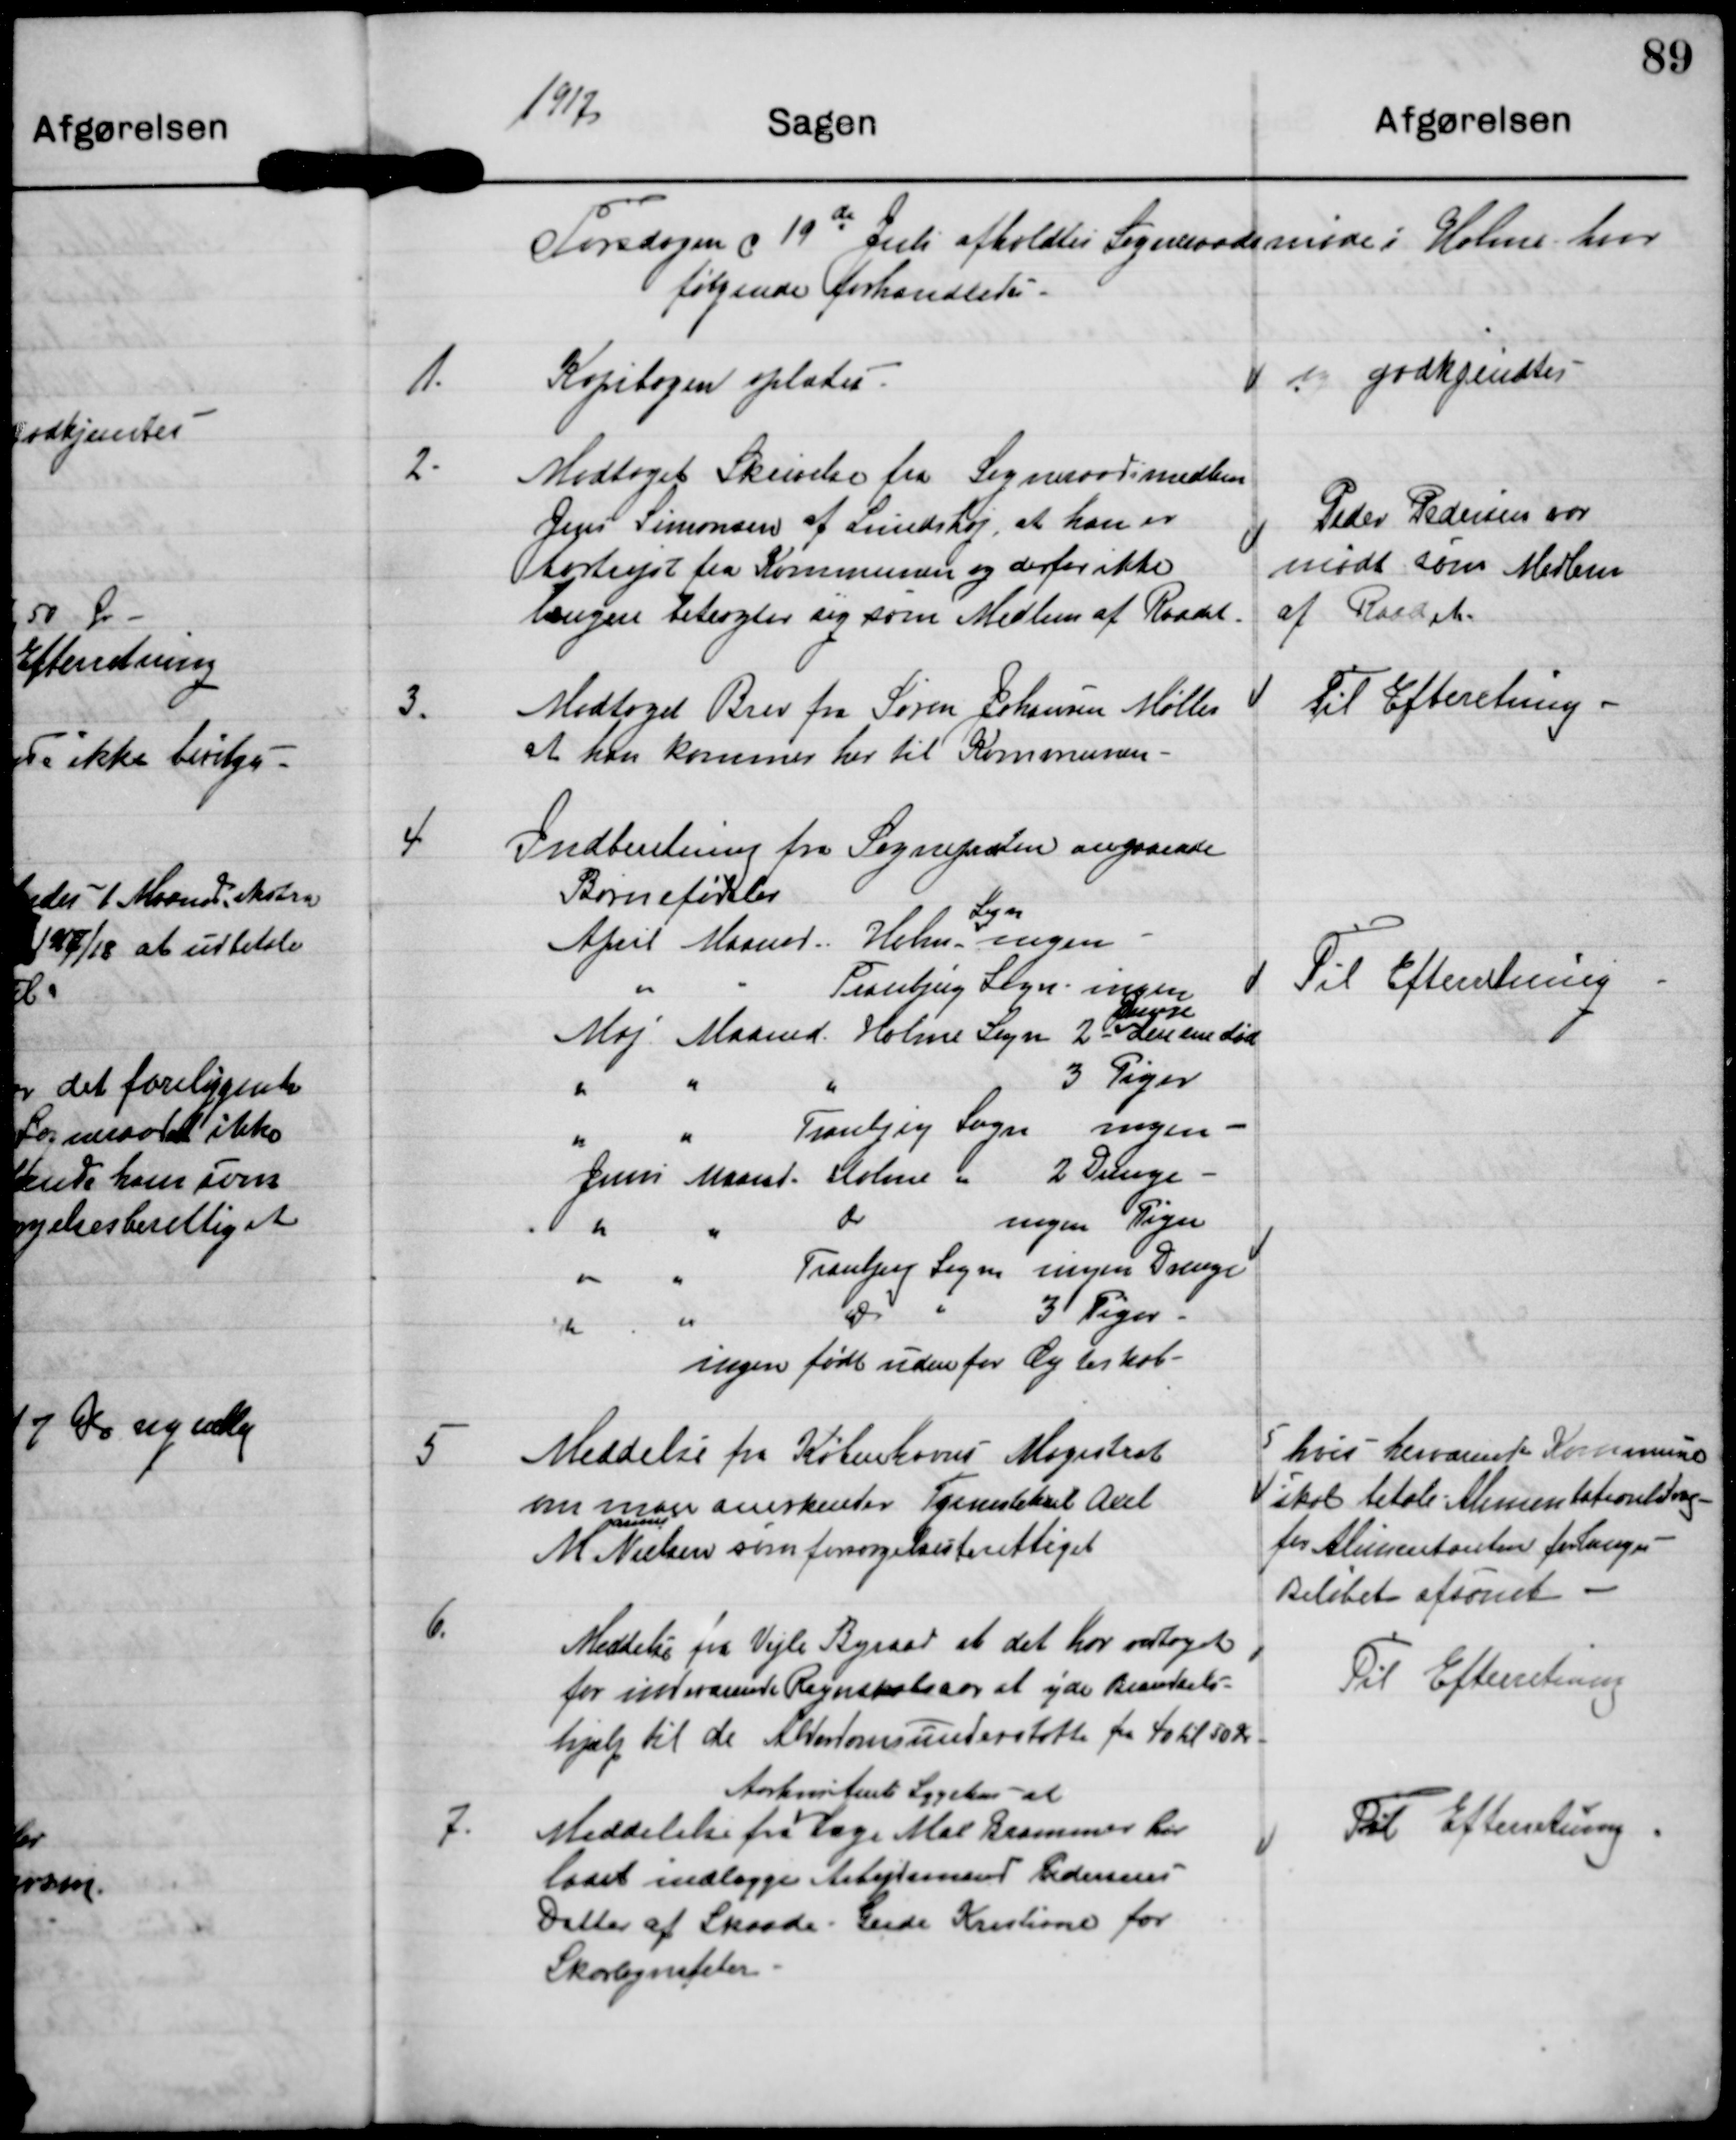
Transskription:
1917

Torsdagen d 19de Juli afholdtes Sogneraadsmøde i Holme hvor
følgende forhandledes.

1.
Kopibogen oplæstes

godtkjendtes

2.
Modtaget Skrivelse fra Sogneraadsmedlem
Jens Simonsen af Lundshøj at han er
bortrejst fra Kommunen og derfor ikke
længere betragter sig som Medlem af Raadet.

Peder Pedersen var
mødt som Medlem
af Raadet

3.
Modtaget Brev fra Søren Johansen Møller
at han kommer her til Kommunen.

Til Efterretning

4

Til Efterretning

5
Meddelse fra Københavns Magistrat
om man anerkender Tjenestekarl Axel
M Nielsen som forsørgelsesberettiget

5  hvis herværende Kommune
skal betale Alimentationsbidrag
for Alimentanten forlanges
Beløbet afsonet.

6
Meddelelse fra Vejle Byraad at det har vedtaget
for indeværende Regnskabsaar at yde Brændsels-
hjælp til de Alderdomsunderstøttede fra 40 til 50 Kr

Til Efterretning

7.
Meddelse fra
Aarhus Amts Sygehus at Læge Max Brammer har
ladet indlægge Arbejdsmand Pedersens
Datter af Skaade Gerda Kristiane for
Skarlagensfeber

Til Efterretning